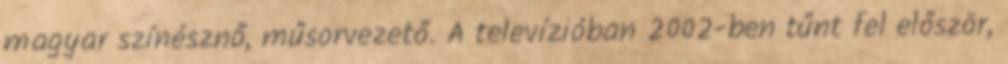
magyar színésznő, műsorvezető. A televízióban 2002-ben tűnt fel először,